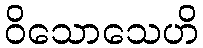
ဝိသောသေဟိ